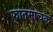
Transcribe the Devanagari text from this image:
फातमाचक